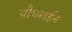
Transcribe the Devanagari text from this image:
चौधराईन